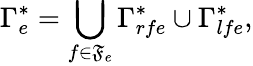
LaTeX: \Gamma_{e}^{*}=\bigcup_{f\in\mathfrak{F}_{e}}\Gamma_{rfe}^{*}\cup\Gamma_{lfe}^{*},